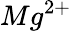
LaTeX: Mg^{2+}